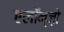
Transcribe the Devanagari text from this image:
एलॉन्ज़ो